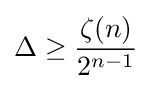
\Delta \geq {\frac {\zeta (n)}{2^{n-1}}}